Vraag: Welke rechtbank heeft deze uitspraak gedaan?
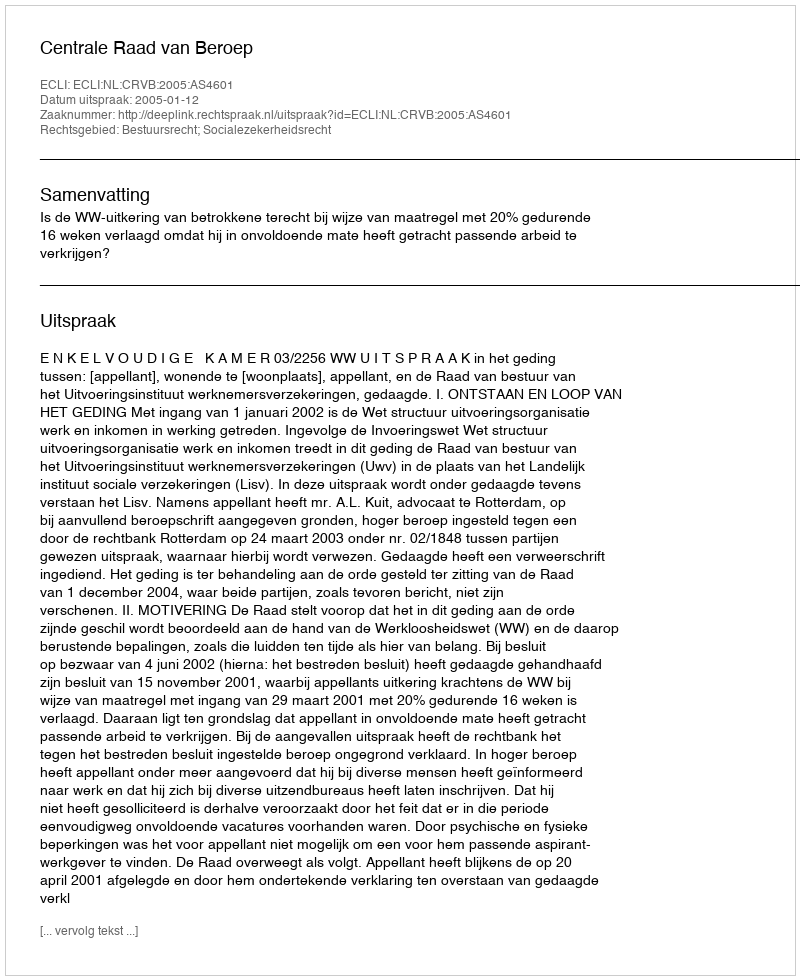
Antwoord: Centrale Raad van Beroep